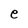
Character: e